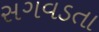
સગવડતા